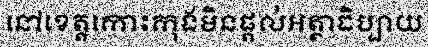
នៅខេត្តកោះកុងមិនផ្តល់អត្ថាធិប្បាយ